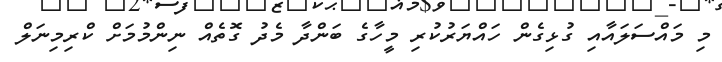
މި މައްސަލައާއި ގުޅިގެން ހައްޔަރުކުރި މީހާގެ ބަންދާ މެދު ގޮތެއް ނިންމުމަށް ކްރިމިނަލް